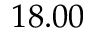
1 8 . 0 0